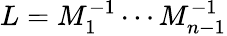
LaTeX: L=M_{1}^{-1}\cdots M_{n-1}^{-1}